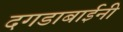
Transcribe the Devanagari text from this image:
दगडाबाईनी